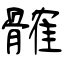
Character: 髉